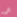
الى